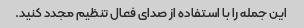
این جمله را با استفاده از صدای فعال تنظیم مجدد کنید.